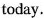
today.